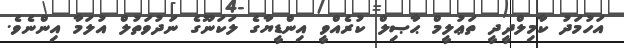
އަހުމަދު ކާމިލްދީދީ ތަޢުލީމް ޙާޞިލް ކުރެއްވީ އިންޑީޔާގެ ލަކަނޫގެ ނަދުވަތުލް އުލަމާ އިންނެވެ.